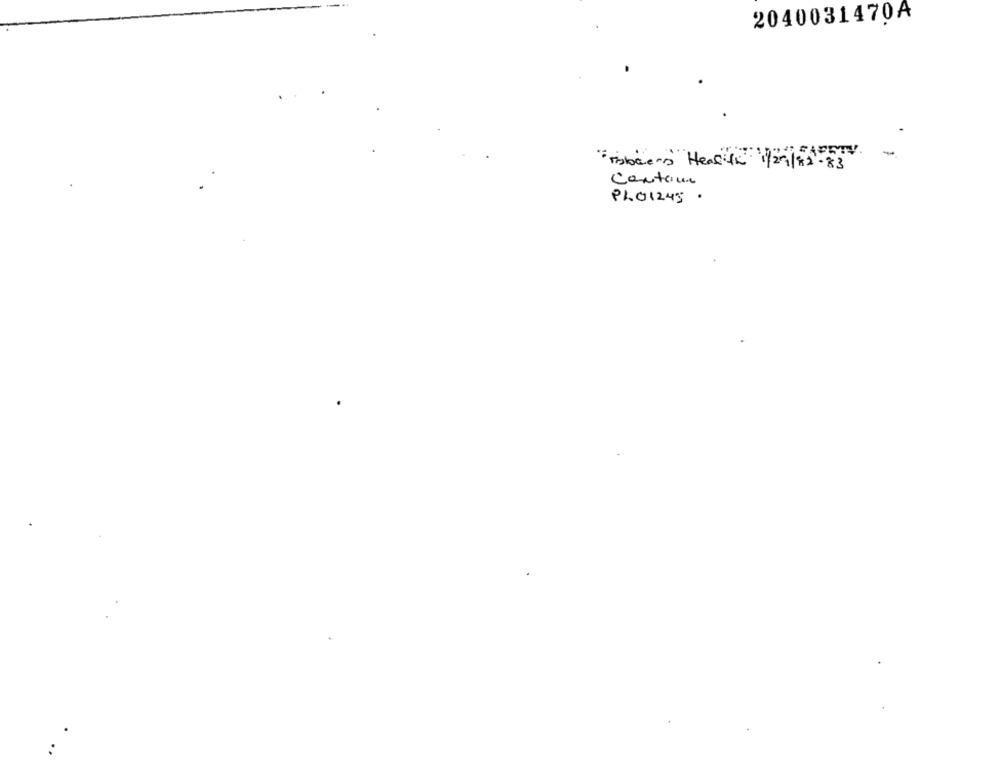
2040031470A
-
" robbers"Health 1/29 / 81 - 83
Contain
PLO1245 ·